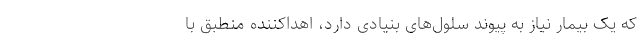
که یک بیمار نیاز به پیوند سلول‌های بنیادی دارد، اهداکننده منطبق با